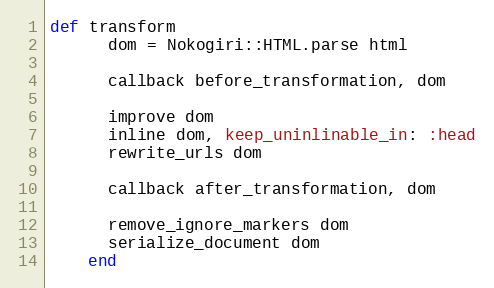
Language: Ruby
def transform
      dom = Nokogiri::HTML.parse html

      callback before_transformation, dom

      improve dom
      inline dom, keep_uninlinable_in: :head
      rewrite_urls dom

      callback after_transformation, dom

      remove_ignore_markers dom
      serialize_document dom
    end